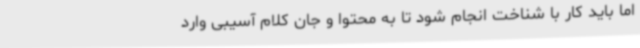
اما باید کار با شناخت انجام شود تا به محتوا و جان کلام آسیبی وارد